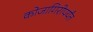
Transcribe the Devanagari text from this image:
कोजागिरीपर्यंत